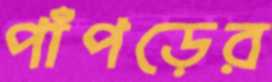
পাঁপড়ের